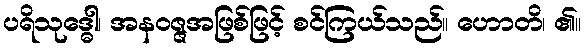
ပရိသုဒ္ဓေါ၊ အနဝဇ္ဇအဖြစ်ဖြင့် စင်ကြယ်သည်။ ဟောတိ၊ ၏။